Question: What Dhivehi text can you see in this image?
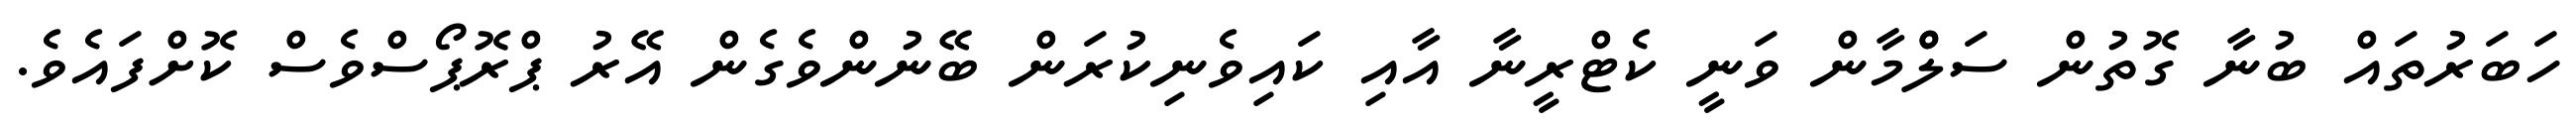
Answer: ހަބަރުތައް ބުނާ ގޮތުން ސަލްްމާން ވަނީ ކެޓްރީނާ އާއި ކައިވެނިކުރަން ބޭނުންވެގެން އޭރު ޕްރޮޕޯސްވެސް ކޮށްފައެވެ.